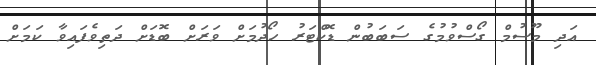
އަދި މޫސުމް ގޯސްވުމުގެ ސަބަބުން ޑޮކްޓަރު ހޯދުމަށް ވަރަށް ބޮޑަށް ދަތިވެފައިވާ ކަމަށް